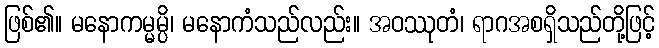
ဖြစ်၏။ မနောကမ္မမ္ပိ၊ မနောကံသည်လည်း။ အဝဿုတံ၊ ရာဂအစရှိသည်တို့ဖြင့်